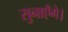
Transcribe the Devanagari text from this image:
सुनाएँगे।